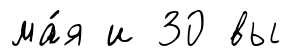
ма́я и 30 вы